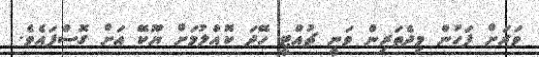
ވަރަށް ފަހުން މިދެތަރިން ވަނީ ޗުއްޓީ ހޭދަ ކޮއްލުމަށް ޔޫކޭ އަށް ގޮސްފައެވެ.